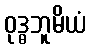
ဝုဒ္ဓဘူမိယံ